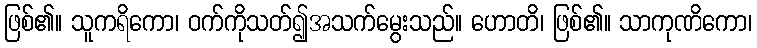
ဖြစ်၏။ သူကရိကော၊ ဝက်ကိုသတ်၍အသက်မွေးသည်။ ဟောတိ၊ ဖြစ်၏။ သာကုဏိကော၊